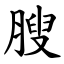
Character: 膄